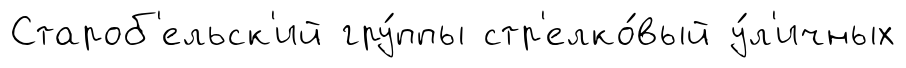
Староб'ельск'ий гру́ппы стр'елко́вый у́л'ичных